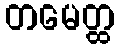
တမေတ္ထ